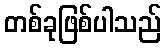
တစ်ခုဖြစ်ပါသည်